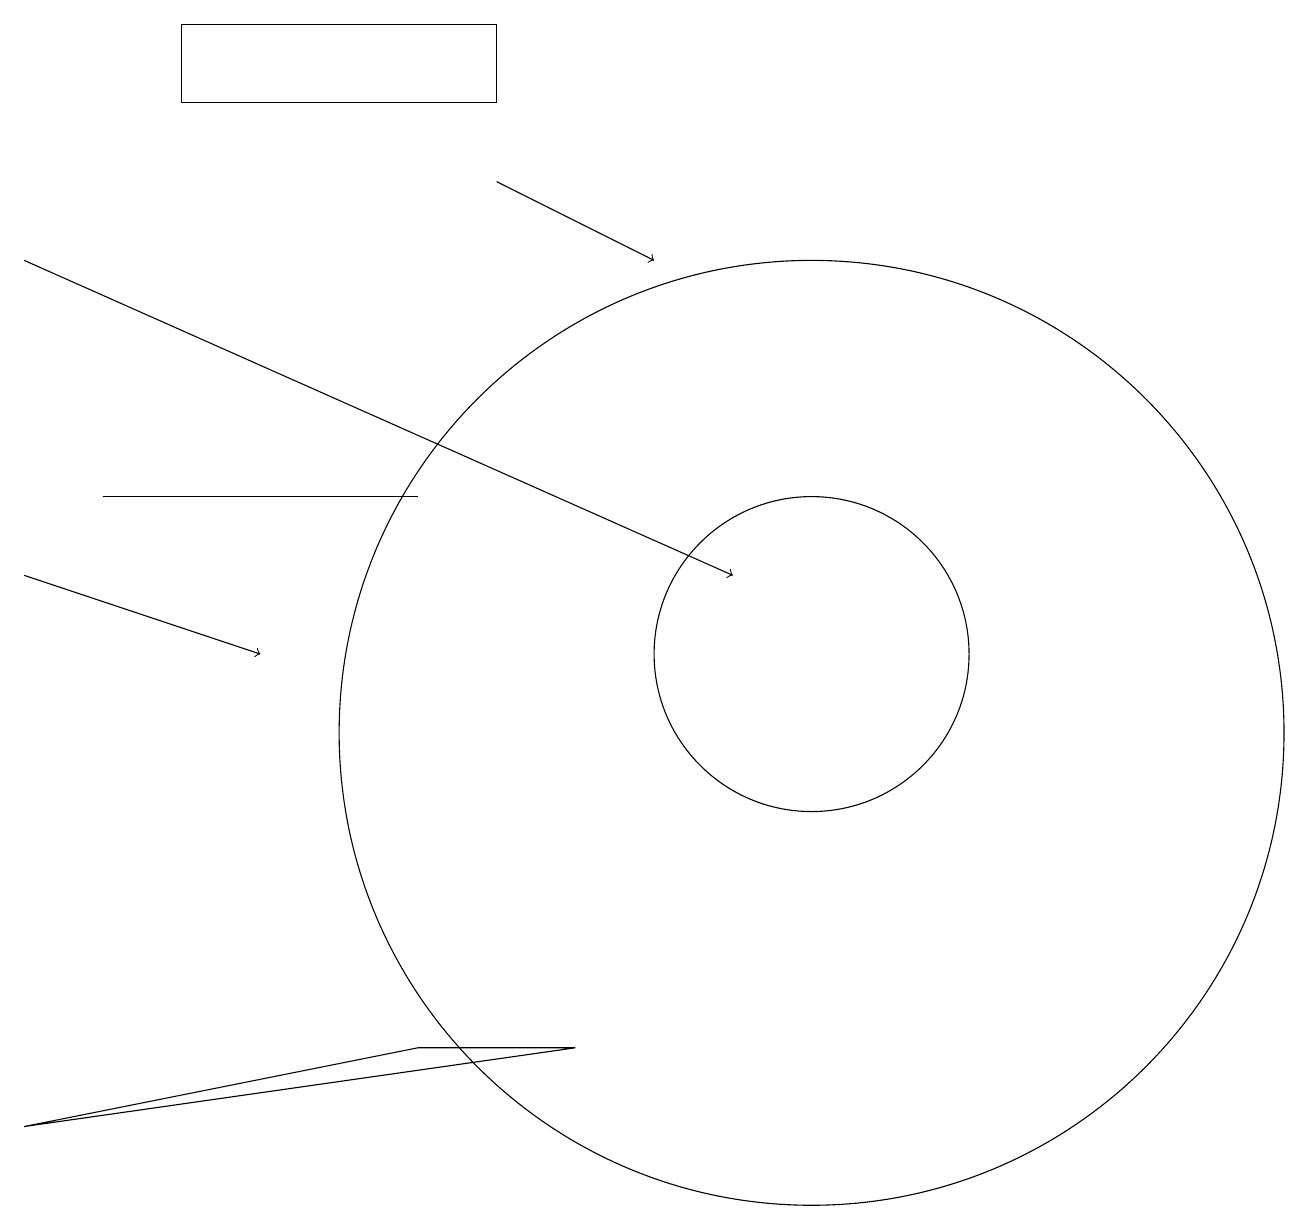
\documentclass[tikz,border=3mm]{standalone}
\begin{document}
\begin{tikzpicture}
\draw[->] (6,17) -- (8,16);
\draw (7,6) -- (0,5) -- (5,6) -- cycle;
\draw (2,18) rectangle (6,19);
\draw[->] (0,12) -- (3,11);
\draw (10,11) circle (2);
\draw[->] (0,16) -- (9,12);
\draw (10,10) circle (6);
\draw (5,13) rectangle (1,13);
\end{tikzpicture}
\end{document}